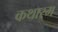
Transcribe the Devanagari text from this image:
कथारम